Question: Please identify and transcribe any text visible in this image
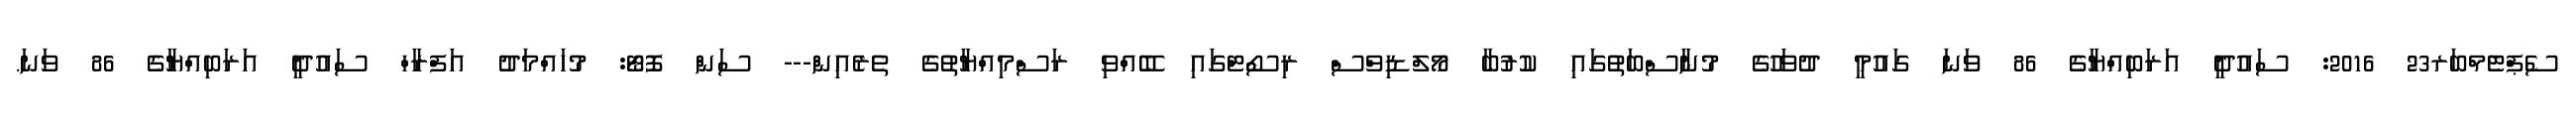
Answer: ސެޕްޓެމްބަރ23 2016: ސައުދީ އަރަބިއްޔާގެ 86 ވަނަ ގައުމީ ދުވަހުގެ މުނާސްބަތުގައި ކުރުބާ މޯލްޑިވްސް ރިސޯޓްގައި ބޭއްވި ރަސްމިއްޔާތުގެ ތެރެއިން--- ސަން ފޮޓޯ: މުހައްމަދު އަފްރާހް ސައުދީ އަރަބިއްޔާގެ 86 ވަނަ.